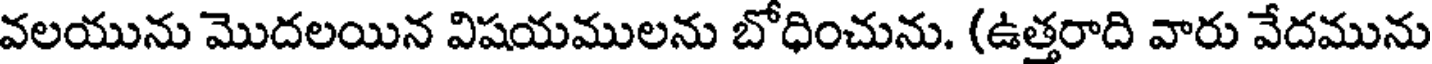
వలయును మొదలయిన విషయములను బోధించును. (ఉత్తరాది వారు వేదమును